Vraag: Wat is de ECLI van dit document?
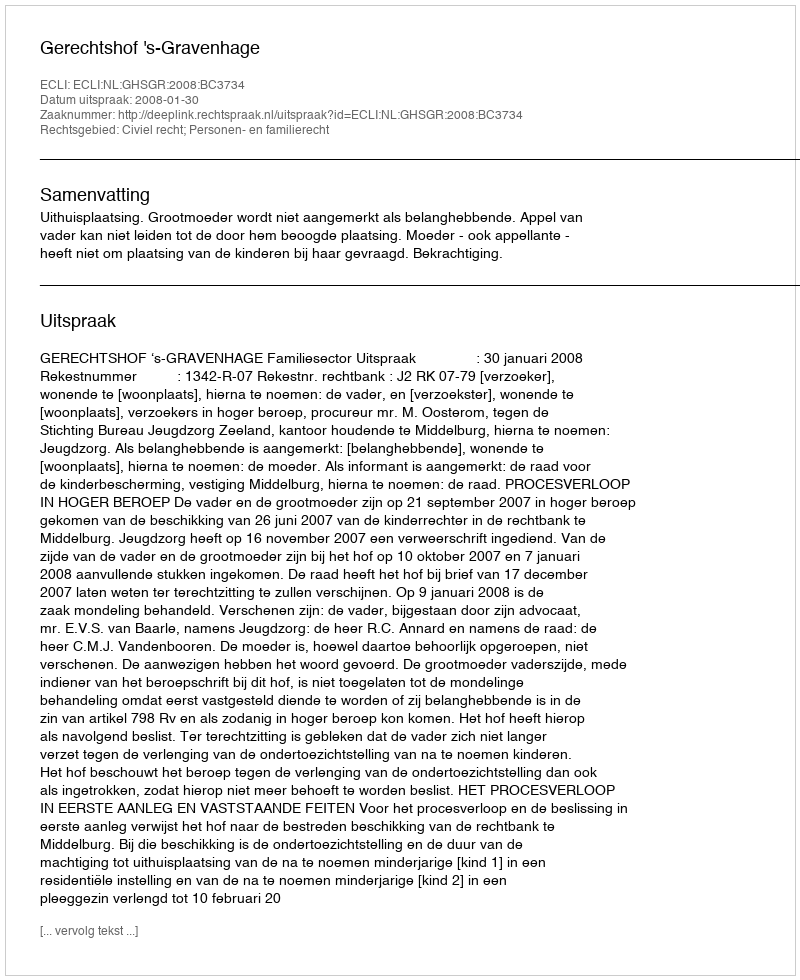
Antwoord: ECLI:NL:GHSGR:2008:BC3734